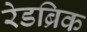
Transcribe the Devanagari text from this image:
रेडब्रिक